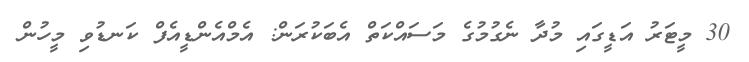
30 މީޓަރު އަޑީގައި މުދާ ނެގުމުގެ މަސައްކަތް އެބަކުރަން: އެމްއެންޑީއެފް ކަނޑުވި މީހުން